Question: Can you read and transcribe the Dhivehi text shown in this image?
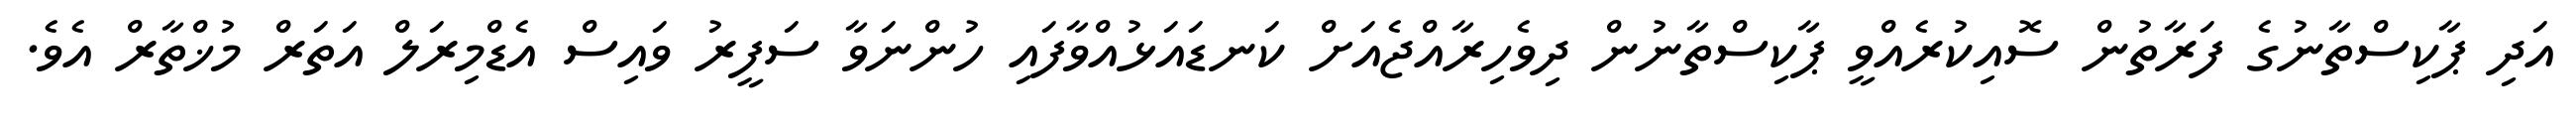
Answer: އަދި ޕާކިސްތާނުގެ ފަރާތުން ސޮއިކުރެއްވީ ޕާކިސްތާނުން ދިވެހިރާއްޖެއަށް ކަނޑައަޅުއްވާފައި ހުންނަވާ ސަފީރު ވައިސް އެޑްމިރަލް އަތަރް މުޚްތާރް އެވެ.